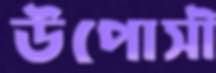
উপোসী